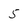
Character: 5